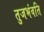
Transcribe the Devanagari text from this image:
तुजभंवति